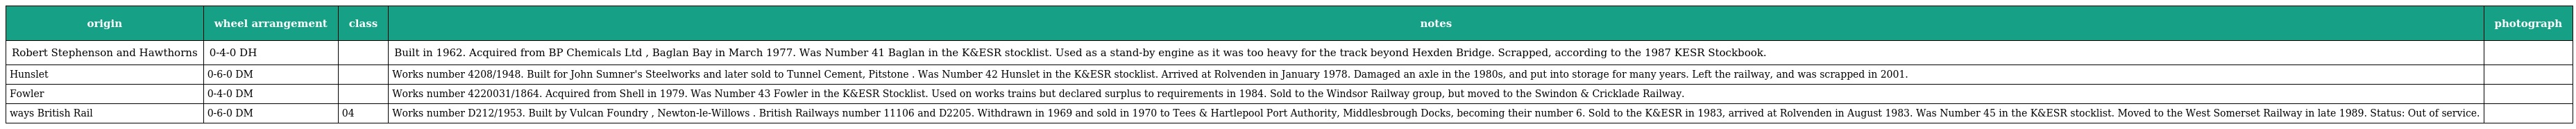
| origin | wheel arrangement | class | notes | photograph |
 | --- | --- | --- | --- | --- |
 | Robert Stephenson and Hawthorns | 0-4-0 DH |  | Built in 1962. Acquired from BP Chemicals Ltd , Baglan Bay in March 1977. Was Number 41 Baglan in the K&ESR stocklist. Used as a stand-by engine as it was too heavy for the track beyond Hexden Bridge. Scrapped, according to the 1987 KESR Stockbook. |  |
 | Hunslet | 0-6-0 DM |  | Works number 4208/1948. Built for John Sumner's Steelworks and later sold to Tunnel Cement, Pitstone . Was Number 42 Hunslet in the K&ESR stocklist. Arrived at Rolvenden in January 1978. Damaged an axle in the 1980s, and put into storage for many years. Left the railway, and was scrapped in 2001. |  |
 | Fowler | 0-4-0 DM |  | Works number 4220031/1864. Acquired from Shell in 1979. Was Number 43 Fowler in the K&ESR Stocklist. Used on works trains but declared surplus to requirements in 1984. Sold to the Windsor Railway group, but moved to the Swindon & Cricklade Railway. |  |
 | ways British Rail | 0-6-0 DM | 04 | Works number D212/1953. Built by Vulcan Foundry , Newton-le-Willows . British Railways number 11106 and D2205. Withdrawn in 1969 and sold in 1970 to Tees & Hartlepool Port Authority, Middlesbrough Docks, becoming their number 6. Sold to the K&ESR in 1983, arrived at Rolvenden in August 1983. Was Number 45 in the K&ESR stocklist. Moved to the West Somerset Railway in late 1989. Status: Out of service. |  |